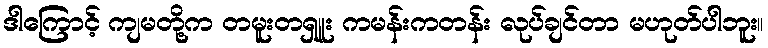
ဒါကြောင့် ကျမတို့က တမူးတရှူး ကမန်းကတန်း လုပ်ချင်တာ မဟုတ်ပါဘူး။